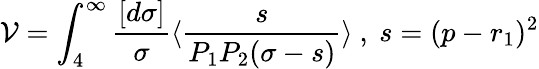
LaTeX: \mathcal{V}=\int_{4}^{\infty}\frac{{[d\sigma]}}{{\sigma}}\langle\frac{{s}}{{P_{1}P_{2}(\sigma-s)}}\rangle~,~s=(p-r_{1})^{2}